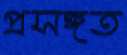
প্রসঙ্গত